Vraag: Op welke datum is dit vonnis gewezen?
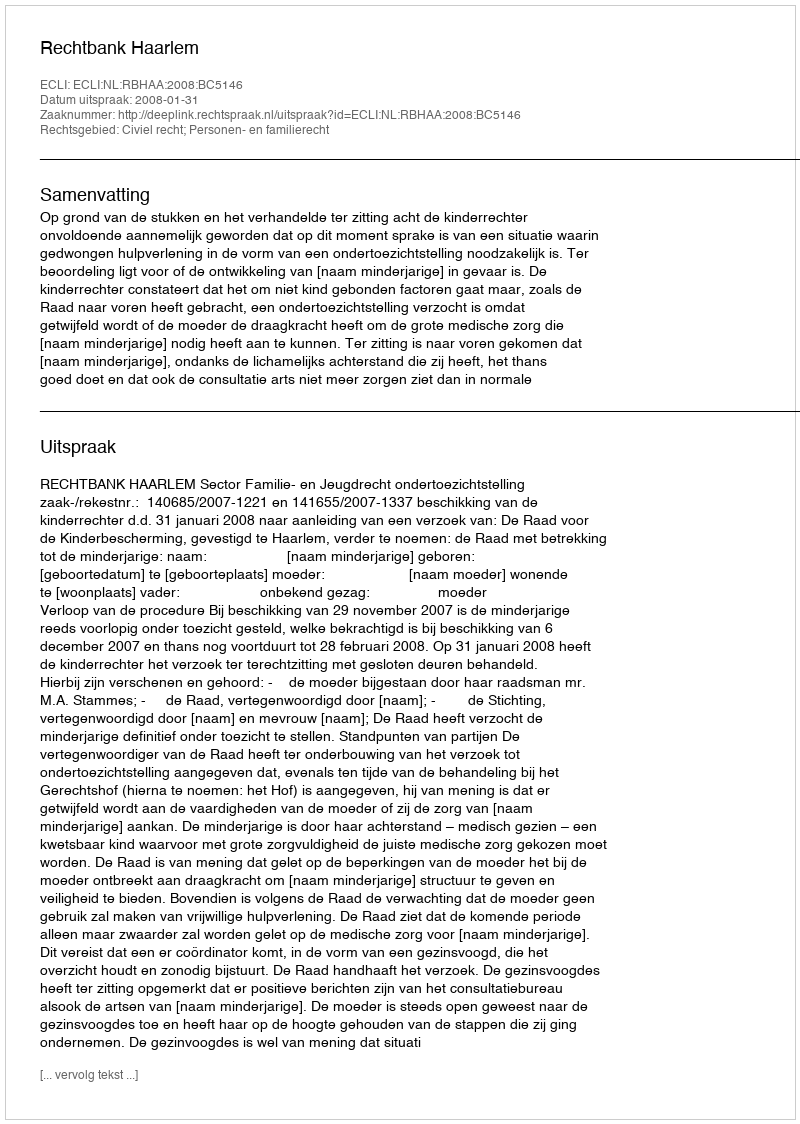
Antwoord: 2008-01-31